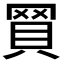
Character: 𧵽